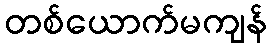
တစ်ယောက်မကျန်